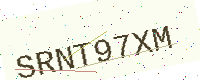
Text: SRNT97XM